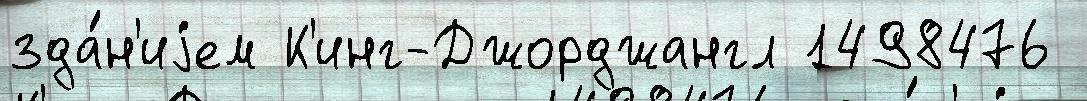
зда́н'иjем К'инг-Джорджангл 1498476